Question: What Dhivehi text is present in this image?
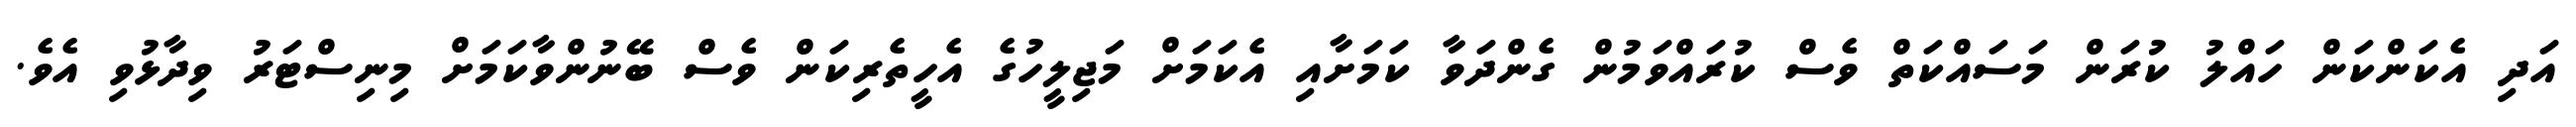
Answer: އަދި އެކަންކަން ހައްލު ކުރަން މަސައްކަތް ވެސް ކުރައްވަމުން ގެންދަވާ ކަމަށާއި އެކަމަށް މަޖިލީހުގެ އެހީތެރިކަން ވެސް ބޭނުންވާކަމަށް މިނިސްޓަރު ވިދާޅުވި އެވެ.